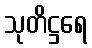
သုတိဋ္ဌရေ